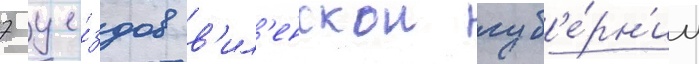
7 уе́здов в'ил'енскои губ'е́рн'ии